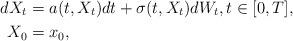
LaTeX: \begin{align*}dX_t&=a(t,X_t)dt+\sigma(t,X_t)dW_t,t\in[0,T],\\X_0&=x_0,\end{align*}